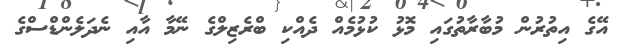
އޭގެ އިތުރުން މުބާރާތުގައި މޮޅު ކުޅުމެއް ދެއްކި ބްރެޒިލްގެ ނޭމާ އާއި ނެދަލެންޑްސްގެ